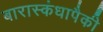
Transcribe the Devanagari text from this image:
बारास्कंधापैकी